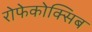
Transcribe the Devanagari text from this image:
रोफेकोक्सिब